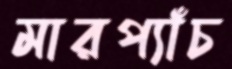
মারপ্যাঁচ